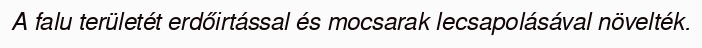
A falu területét erdőirtással és mocsarak lecsapolásával növelték.